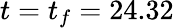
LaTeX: t=t_{f}=24.32